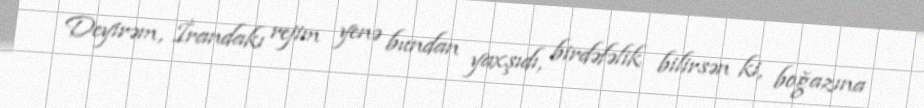
Deyirəm, İrandakı rejim yenə bundan yaxşıdı, birdəfəlik bilirsən ki, boğazına